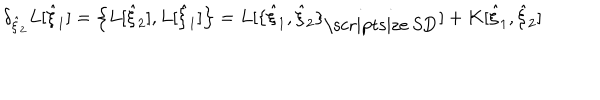
\delta _ { { \hat { \xi } } _ { 2 } } L [ { \hat { \xi } } _ { 1 } ] = \left\{ L [ { \hat { \xi } } _ { 2 } ] , L [ { \hat { \xi } } _ { 1 } ] \right\} = L [ \{ { \hat { \xi } } _ { 1 } , { \hat { \xi } } _ { 2 } \} _ { \mathrm { \scriptsize ~ S D } } ] + K [ { \hat { \xi } } _ { 1 } , { \hat { \xi } } _ { 2 } ]